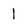
Character: 1